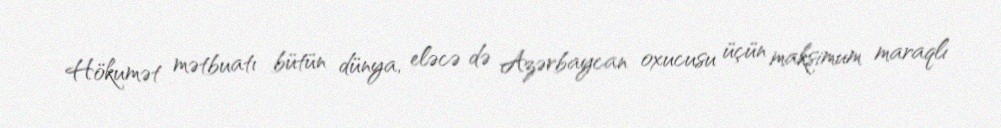
Hökumət mətbuatı bütün dünya, eləcə də Azərbaycan oxucusu üçün maksimum maraqlı